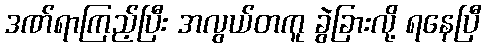
ဒဏ်ရာကြည့်ပြီး အလွယ်တကူ ခွဲခြားလို့ ရနေပြီ